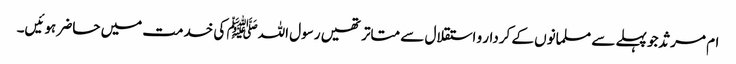
ام مرثد جو پہلے سے مسلمانوں کے کردار و استقلال سے متاتر تھیں رسول اللہﷺ کی خدمت میں حاضر ہوئیں۔